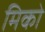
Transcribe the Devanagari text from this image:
मिको